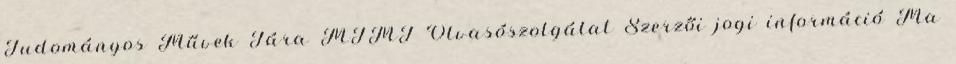
Tudományos Művek Tára MTMT Olvasószolgálat Szerzői jogi információ Ma